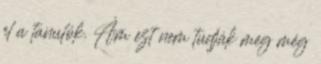
el a tanulók. Ám ezt nem tudják meg még